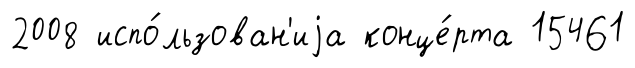
2008 испо́льзован'иjа конце́рта 15461